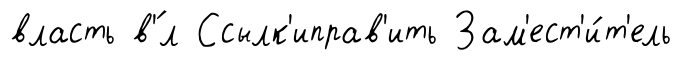
власть в'́л Ссылк'иправ'ить Зам'ест'и́т'ель